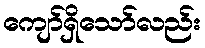
ကျော်ရှိသော်လည်း